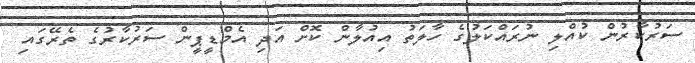
ސަރުކާރުން ކުއްލި ނުރައްކަލުގެ ހާލަތު އިއުލާން ކޮށް އަދި އެމްޑީޕީން ސަރުކާރުގެ ތެރޭގައި